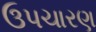
ઉપચારણ